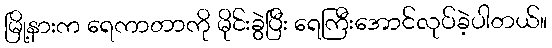
မြို့နားက ရေကာတာကို မိုင်းခွဲပြီး ရေကြီးအောင်လုပ်ခဲ့ပါတယ်။